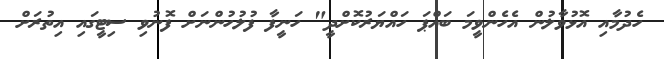
ހެދުމާއި އޮޅުވާލުން އެހެންވީމަ ބައްޕަ ހައްޔަރުކޮށްދީ" ހަނީފާ ފުލުހުންނަށް ފޮނުވި ސިޓީގައި އިތުރަށް